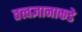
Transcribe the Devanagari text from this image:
तत्त्वज्ञानाकडे